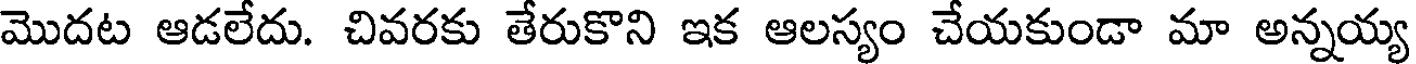
మొదట ఆడలేదు. చివరకు తేరుకొని ఇక ఆలస్యం చేయకుండా మా అన్నయ్య